Leaving Certificate Examination, 1923
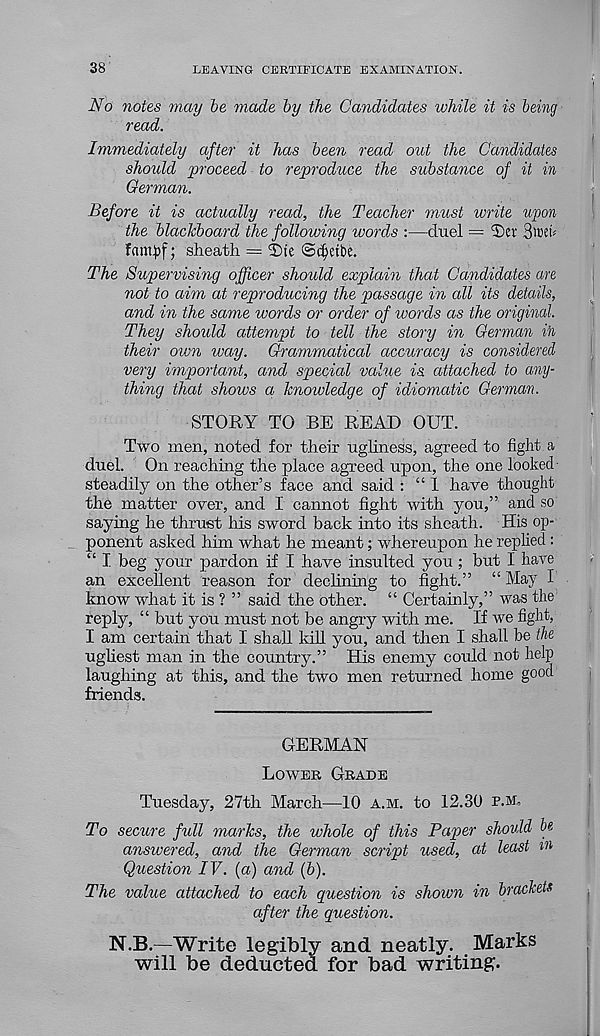
38
LEAVING CERTIFICATE EXAMINATION.
No notes may be made by the Candidates while it is being
read.
Immediately after it has been read out the Candidates
should proceed to reproduce the substance of it in
German.
Before it is actually read, the Teacher must write upon
the blackboard the following words :—duel = ®er 3wd
f«m£f; sheath = 2)te ©djetbe.
The Supervising officer should explain that Candidates are
not to aim at reproducing the passage in all its details,
and in the same words or order of words as the original.
They should attempt to tell the story in German ifi
their own way. Grammatical accuracy is considered
very important, and special value is attached to any-
thing that shows a knowledge of idiomatic German.
STORY TO BE READ OUT.
Two men, noted for their ugliness, agreed to fight a
duel. On reaching the place agreed upon, the one looked
steadily on the other’s face and said : “ 1 have thought
the matter over, and I cannot fight with you,” and so
saying he thrust his sword back into its sheath. His op-
ponent asked him what he meant; whereupon he replied :
“ I beg your pardon if I have insulted you ; but I have
an excellent reason for dechning to fight.” “ May I
know what it is ? ” said the other. “ Certainly,” was the
reply, “ but you must not be angry with me. If we fight,
I am certain that I shall kill you, and then I shall be the
ugliest man in the country.” His enemy could not help
laughing at this, and the two men returned home good
friends.
GERMAN
Lower Grade
Tuesday, 27th March—10 a.m. to 12.30 p.m.
To secure full marks, the whole of this Paper should bf
answered, and the German script used, at least w
Question IV. (a) and (b).
The value attached to each question is shown in brackets
after the question.
N.B.—Write legibly and neatly. Marks
will be deducted for bad writing.